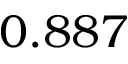
0 . 8 8 7